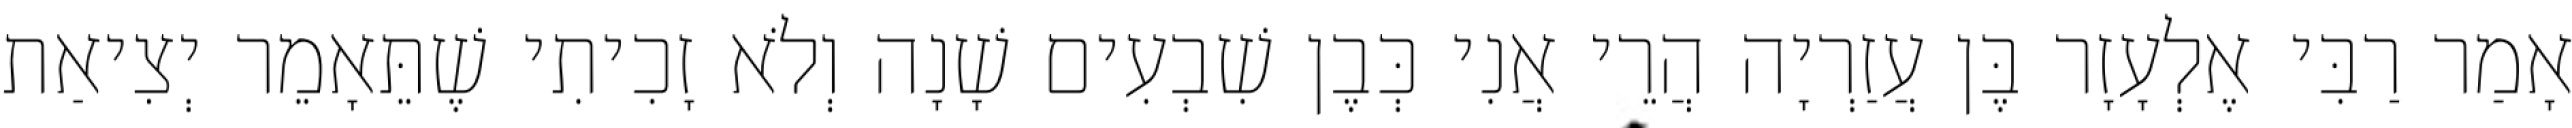
אָמַר רַבִּי אֶלְעָזָר בֶּן עֲזַרְיָה הֲרֵי אֲנִי כְּבֶן שִׁבְעִים שָׁנָה וְלֹא זָכִיתִי שֶׁתֵּאָמֵר יְצִיאַת